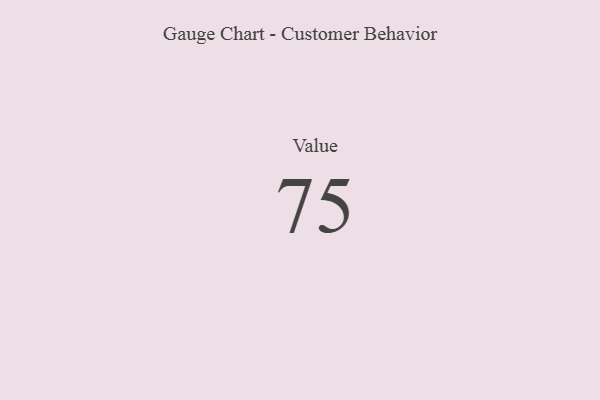
{"axis": {"x": "Metric", "y": "Value"}, "legend": [""], "data": [{"x": "Value", "y": 75, "type": ""}]}